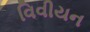
વિવીયન